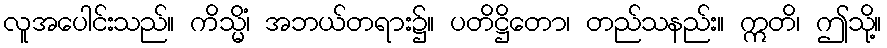
လူအပေါင်းသည်။ ကိသ္မိံ၊ အဘယ်တရား၌။ ပတိဋ္ဌိတော၊ တည်သနည်း။ ဣတိ၊ ဤသို့။